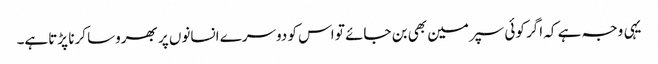
یہی وجہ ہے کہ اگر کوئی سپرمین بھی بن جائے تو اس کو دوسرے انسانوں پر بھروسا کرنا پڑتاہے۔